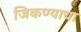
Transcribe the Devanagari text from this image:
जिकण्याचा